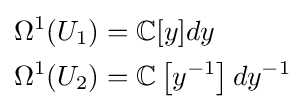
{\begin{aligned}&\Omega ^{1}(U_{1})=\mathbb {C} [y]dy\\&\Omega ^{1}(U_{2})=\mathbb {C} \left[y^{-1}\right]dy^{-1}\end{aligned}}